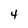
Character: 4